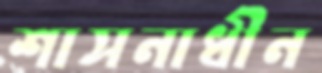
শাসনাধীন